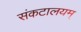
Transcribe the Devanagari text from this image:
संकटालयम्